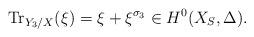
LaTeX: \begin{align*}\mathrm{Tr}_{Y_3/X}(\xi) = \xi+\xi^{\sigma_3} \in H^0(X_S,\Delta).\end{align*}